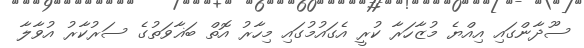
ސޫދާންގައި އިއްޔެ މުޒާހަރާ ކުރީ އެގައުމުގައި މިހާރު އޮތް ބަޣާވަތުގެ ސަރުކާރު އުވާލާ